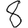
Digit: 8